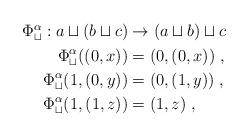
LaTeX: \begin{align*}\begin{aligned}\Phi_\sqcup^\alpha:a\sqcup (b\sqcup c)&\rightarrow (a\sqcup b)\sqcup c\\\Phi_\sqcup^\alpha((0,x))&= (0,(0,x))\;,\\\Phi_\sqcup^\alpha(1,(0,y))&= (0,(1,y))\;,\\\Phi_\sqcup^\alpha(1,(1,z))&= (1,z)\;,\end{aligned}\end{align*}